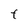
Character: t